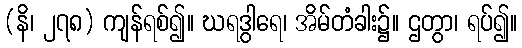
(နိ၊ ၂၇၈) ကျန်ရစ်၍။ ဃရဒွါရေ၊ အိမ်တံခါး၌။ ဌတွာ၊ ရပ်၍။